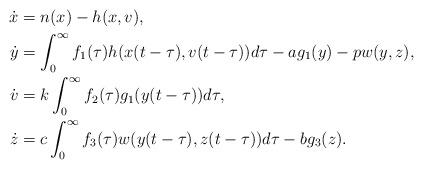
LaTeX: \begin{align*}\dot{x} &= n(x)-h(x,v), \\\dot{y} &= \int_0^{\infty} f_1( \tau )h(x(t- \tau),v(t- \tau)) d \tau-ag_1(y)-pw(y,z),\\\dot{v} &= k \int_0^{\infty} f_2(\tau) g_1(y(t- \tau)) d \tau, \\\dot{z} &= c \int_0^{\infty} f_3(\tau) w(y(t-\tau),z(t-\tau)) d\tau -bg_3(z).\end{align*}